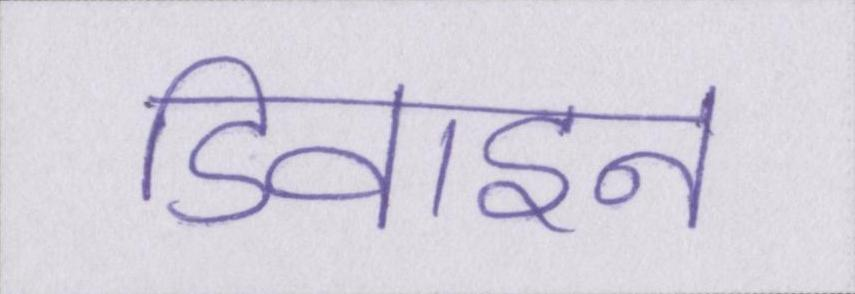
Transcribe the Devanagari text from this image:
डिवाइन